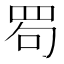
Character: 𦊒